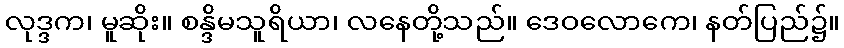
လုဒ္ဒက၊ မူဆိုး။ စန္ဒိမသူရိယာ၊ လနေတို့သည်။ ဒေဝလောကေ၊ နတ်ပြည်၌။